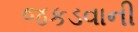
જકડવાની